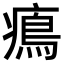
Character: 𤹷